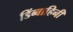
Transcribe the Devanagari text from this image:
डिंब्बाहिनी